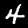
Label: 4